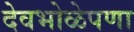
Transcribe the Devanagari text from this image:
देवभोळेपणा